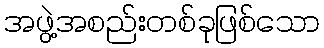
အဖွဲ့အစည်းတစ်ခုဖြစ်သော